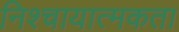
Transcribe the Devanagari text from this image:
निश्चायात्मकता